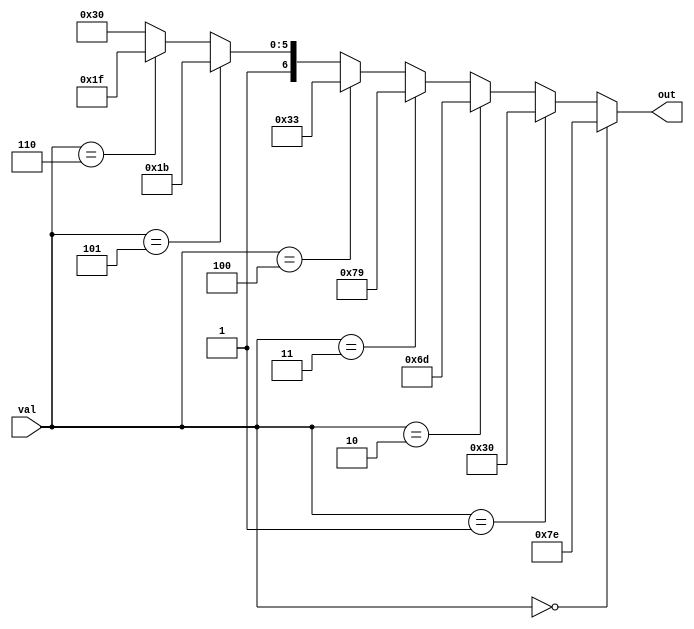
/*
     A
   -----
  |     |
F |     | B
  |  G  |
   -----
  |     |
E |     | C
  |  D  |
   -----

  #---Truth table----#
  Input: A B C D E F G
  000 -> 1 1 1 1 1 1 0
  001 -> 0 1 1 0 0 0 0
  010 -> 1 1 0 1 1 0 1
  011 -> 1 1 1 1 0 0 1
  100 -> 0 1 1 0 0 1 1
  101 -> 1 0 1 1 0 1 1
  110 -> 1 0 1 1 1 1 1
  111 -> 1 1 1 0 0 0 0

*/

module Decoder7Seg(
    output wire [6:0] out,
    input  wire [2:0] val
);
    assign out = (val == 3'b000) ? 7'b111_1110 :
                 (val == 3'b001) ? 7'b011_0000 :
                 (val == 3'b010) ? 7'b110_1101 :
                 (val == 3'b011) ? 7'b111_1001 :
                 (val == 3'b100) ? 7'b011_0011 :
                 (val == 3'b101) ? 7'b101_1011 :
                 (val == 3'b110) ? 7'b101_1111 :
                 //(val == 3'b111) ? 7'b111_0000 :
                 //                  7'bXXX_XXXX;
               /*(val == 3'b111)*/ 7'b111_0000;

endmodule // module Decoder7Seg